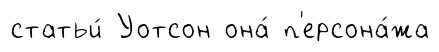
статьи́ Уотсон она́ п'ерсона́жа